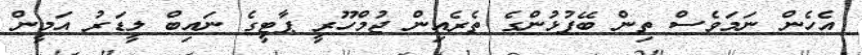
އެހެން ނަމަވެސް ތިން ބޭފުޅުންގެ ތެރެއިން ޖުމްހޫރީ ޕާޓީގެ ނައިބް ލީޑަރު އަމީން